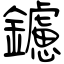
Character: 鑢